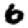
Digit: 6